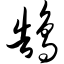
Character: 鹄